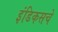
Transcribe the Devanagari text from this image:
इंडिकसचे